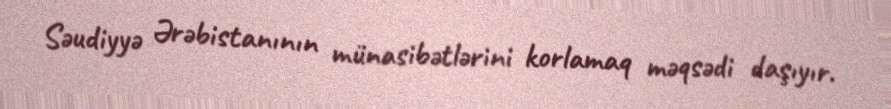
Səudiyyə Ərəbistanının münasibətlərini korlamaq məqsədi daşıyır.